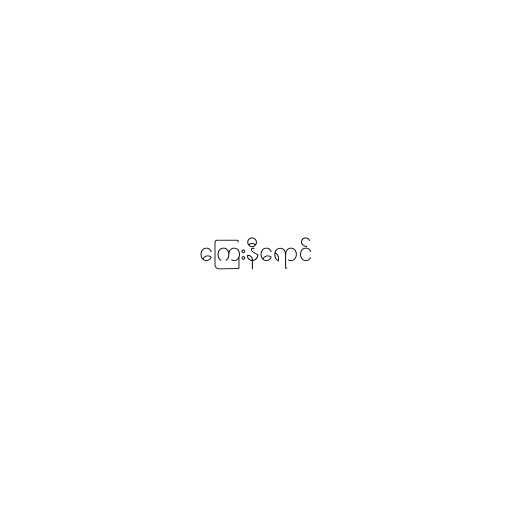
ကြေးနီရောင်